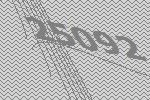
25092